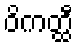
ဝိကတ္ထီ